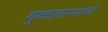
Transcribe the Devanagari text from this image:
युकातानमध्ये